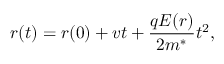
r ( t ) = r ( 0 ) + v t + \frac { q E ( r ) } { 2 m ^ { * } } t ^ { 2 } ,